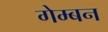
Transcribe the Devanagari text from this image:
गेम्बन